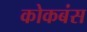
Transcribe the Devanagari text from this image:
कोकबंस